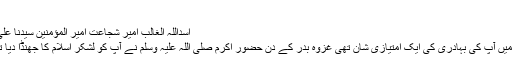
]
اسداللہ الغالب امیر شجاعت امیر المؤمنین سیدنا علی بن ابی طالب رضی اللہ عنہ​
صحابہ کرام رضی اللہ عنہم میں آپ کی بہادری کی ایک امتیازی شان تھی غزوہ بدر کے دن حضور اکرم صلی اللہ علیہ وسلم نے آپ کو لشکر اسلام کا جھنڈا دیا تو آپ کی عمر بیس سال تھی۔